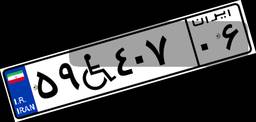
۰۹W۲۵۹۸۹